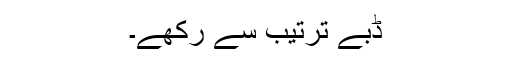
ڈبے ترتیب سے رکھے۔